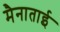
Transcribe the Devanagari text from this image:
मैनाताई